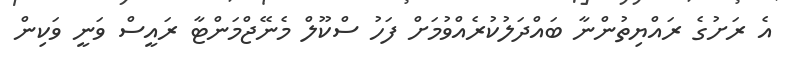
އެ ރަށުގެ ރައްޔިތުންނާ ބައްދަލުކުރެއްވުމަށް ފަހު ސްކޫލް މެނޭޖްމަންޓާ ރައީސް ވަނީ ވަކިން